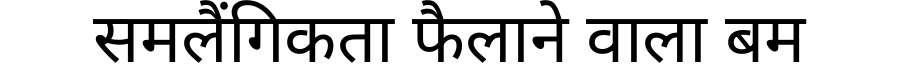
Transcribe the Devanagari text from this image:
समलैंगिकता फैलाने वाला बम